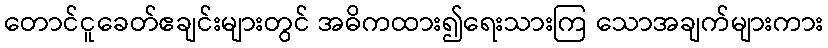
တောင်ငူခေတ်ဧချင်းများတွင် အဓိကထား၍ရေးသားကြ သောအချက်များကား